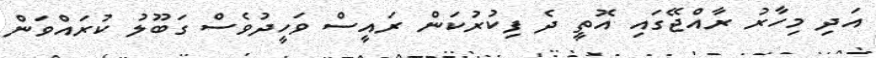
އަދި މިހާރު ރާއްޖޭގައި އޮތީ ދެ ފިކުރުކަން ރައީސް ވަހީދުވެސް ގަބޫލު ކުރައްވަން